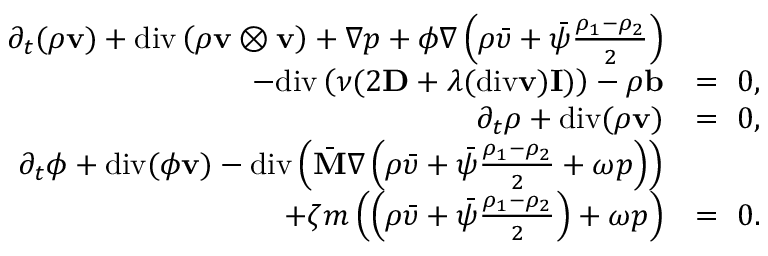
\begin{array} { r l } { \partial _ { t } ( \rho \mathbf { v } ) + \mathrm { d i v } \left( \rho \mathbf { v } \otimes \mathbf { v } \right) + \nabla p + \phi \nabla \left( \rho \bar { \upsilon } + \bar { \psi } \frac { \rho _ { 1 } - \rho _ { 2 } } { 2 } \right) } & { } \\ { - \mathrm { d i v } \left( \nu ( 2 \mathbf { D } + \lambda ( \mathrm { d i v } \mathbf { v } ) \mathbf { I } ) \right) - \rho \mathbf { b } } & { = ~ 0 , } \\ { \partial _ { t } \rho + \mathrm { d i v } ( \rho \mathbf { v } ) } & { = ~ 0 , } \\ { \partial _ { t } \phi + \mathrm { d i v } ( \phi \mathbf { v } ) - \mathrm { d i v } \left( \bar { \mathbf { M } } \nabla \left( \rho \bar { \upsilon } + \bar { \psi } \frac { \rho _ { 1 } - \rho _ { 2 } } { 2 } + \omega p \right) \right) } & { } \\ { + \zeta m \left( \left( \rho \bar { \upsilon } + \bar { \psi } \frac { \rho _ { 1 } - \rho _ { 2 } } { 2 } \right) + \omega p \right) } & { = ~ 0 . } \end{array}